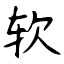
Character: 软